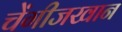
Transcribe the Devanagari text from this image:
चेंगीजखान